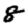
Digit: 8